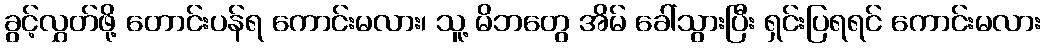
ခွင့်လွှတ်ဖို့ တောင်းပန်ရ ကောင်းမလား၊ သူ့ မိဘတွေ အိမ် ခေါ်သွားပြီး ရှင်းပြရရင် ကောင်းမလား